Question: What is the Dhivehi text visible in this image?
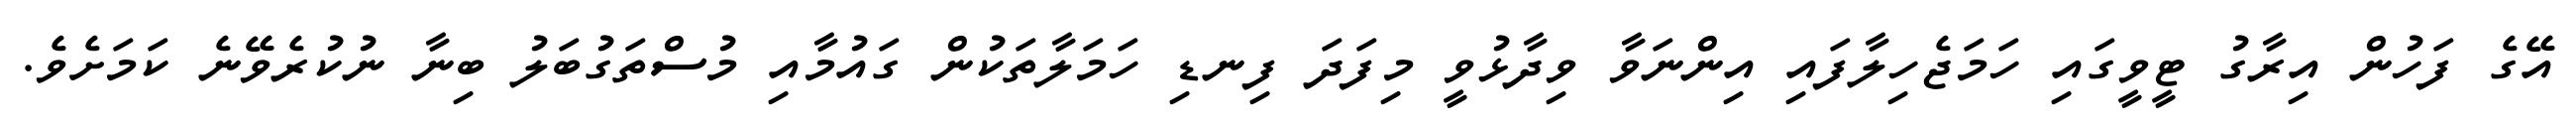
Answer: އޭގެ ފަހުން އިރާގު ޓީވީގައި ހަމަޖެހިލާފައި އިންނަވާ ވިދާޅުވީ މިފަދަ ފިނޑި ހަމަލާތަކުން ގައުމާއި މުސްތަގުބަލު ބިނާ ނުކުރެވޭނެ ކަމަށެވެ.